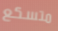
متسكع